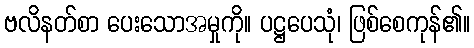
ဗလိနတ်စာ ပေးသောအမှုကို။ ပဋ္ဌပေသုံ၊ ဖြစ်စေကုန်၏။